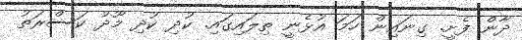
ދާން ފެށީ. ގިނައިން ހަމަ އުޅެނީ ތިލައިގައި. ކުދި ކުދި މޫދު ކަސްރަތު